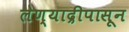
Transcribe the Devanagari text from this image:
लेण्याद्रीपासून